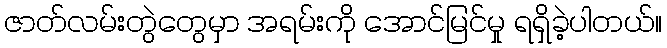
ဇာတ်လမ်းတွဲတွေမှာ အရမ်းကို အောင်မြင်မှု ရရှိခဲ့ပါတယ်။